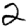
Digit: 2